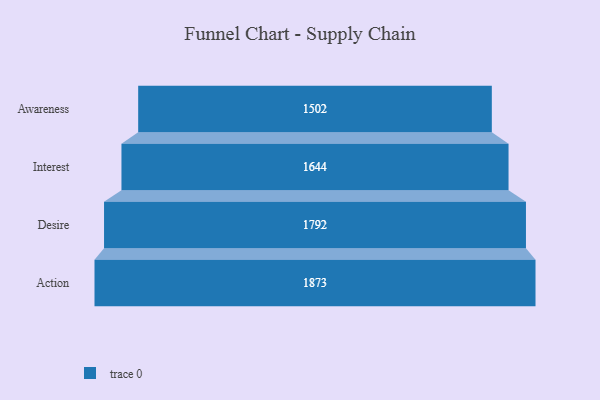
{"axis": {"x": "Stage", "y": "Value"}, "legend": [""], "data": [{"x": "Awareness", "y": 1502.0, "type": ""}, {"x": "Interest", "y": 1644.0, "type": ""}, {"x": "Desire", "y": 1792.0, "type": ""}, {"x": "Action", "y": 1873.0, "type": ""}]}